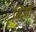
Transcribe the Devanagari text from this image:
शिआँ